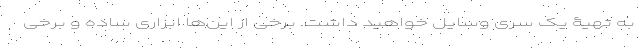
به تهیۀ یک سری وسایل خواهید داشت. برخی از این‌ها ابزاری ساده و برخی